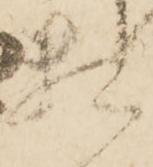
頼